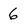
Character: 6